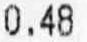
0.48